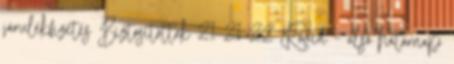
járulékfizetés Biztosítottak 21 21 22 Rövid – alsó határnap